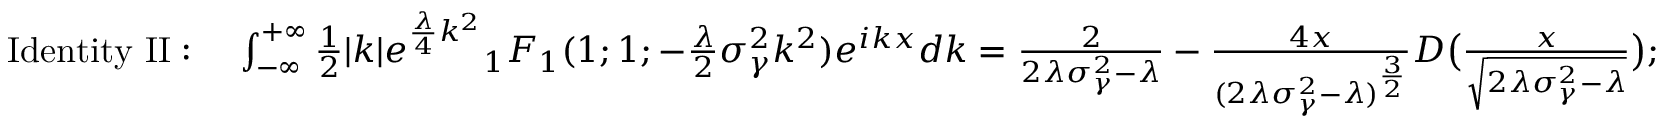
\begin{array} { r l r } & { \mathrm { I d e n t i t y \ I I : } \ } & { \int _ { - \infty } ^ { + \infty } \frac { 1 } { 2 } | k | e ^ { \frac { \lambda } { 4 } k ^ { 2 } } { _ 1 F _ { 1 } } ( 1 ; 1 ; - \frac { \lambda } { 2 } \sigma _ { \gamma } ^ { 2 } k ^ { 2 } ) e ^ { i k x } d k = \frac { 2 } { 2 \lambda \sigma _ { \gamma } ^ { 2 } - \lambda } - \frac { 4 x } { ( 2 \lambda \sigma _ { \gamma } ^ { 2 } - \lambda ) ^ { \frac { 3 } { 2 } } } D \big ( \frac { x } { \sqrt { 2 \lambda \sigma _ { \gamma } ^ { 2 } - \lambda } } \big ) ; } \end{array}